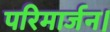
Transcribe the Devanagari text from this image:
परिमार्जन।